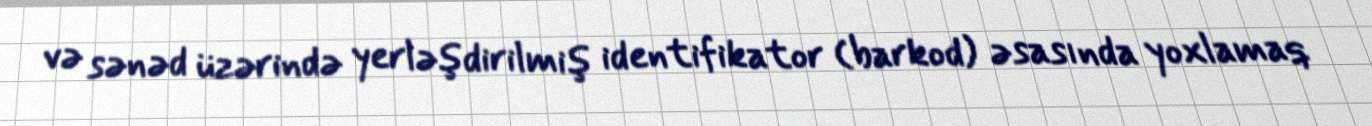
və sənəd üzərində yerləşdirilmiş identifikator (barkod) əsasında yoxlamaq